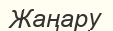
Жаңару